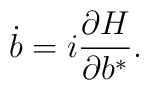
\dot{b} = i \frac{\partial H}{\partial b^*} .